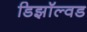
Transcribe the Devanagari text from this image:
डिझॉल्वड